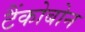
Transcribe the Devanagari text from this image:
टैंकोबोन